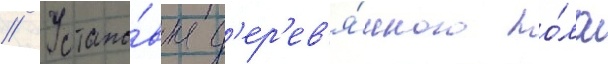
// Устано́вка д'ер'ев'я́нного по́ла